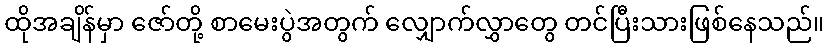
ထိုအချိန်မှာ ဇော်တို့ စာမေးပွဲအတွက် လျှောက်လွှာတွေ တင်ပြီးသားဖြစ်နေသည်။